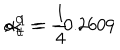
LaTeX: \alpha _ { t } ^ { 0 } = - 0 . 2 6 0 9 \hspace { 1 c m } ; \hspace { 1 c m } \alpha _ { t } ^ { 1 } = { \frac { 1 } { 4 } } ~ ~ .